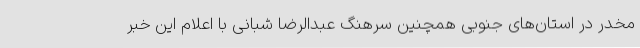
مخدر در استان‌های جنوبی همچنین سرهنگ عبدالرضا شبانی با اعلام این خبر